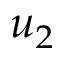
u _ { 2 }